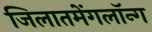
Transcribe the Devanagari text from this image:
जिलातमेंगलॉन्ग